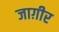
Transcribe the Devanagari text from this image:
जाग़ीर